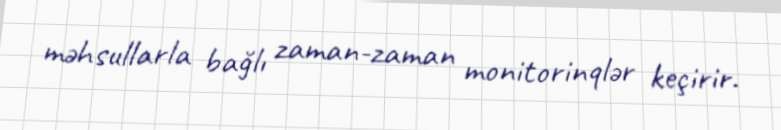
məhsullarla bağlı zaman-zaman monitorinqlər keçirir.